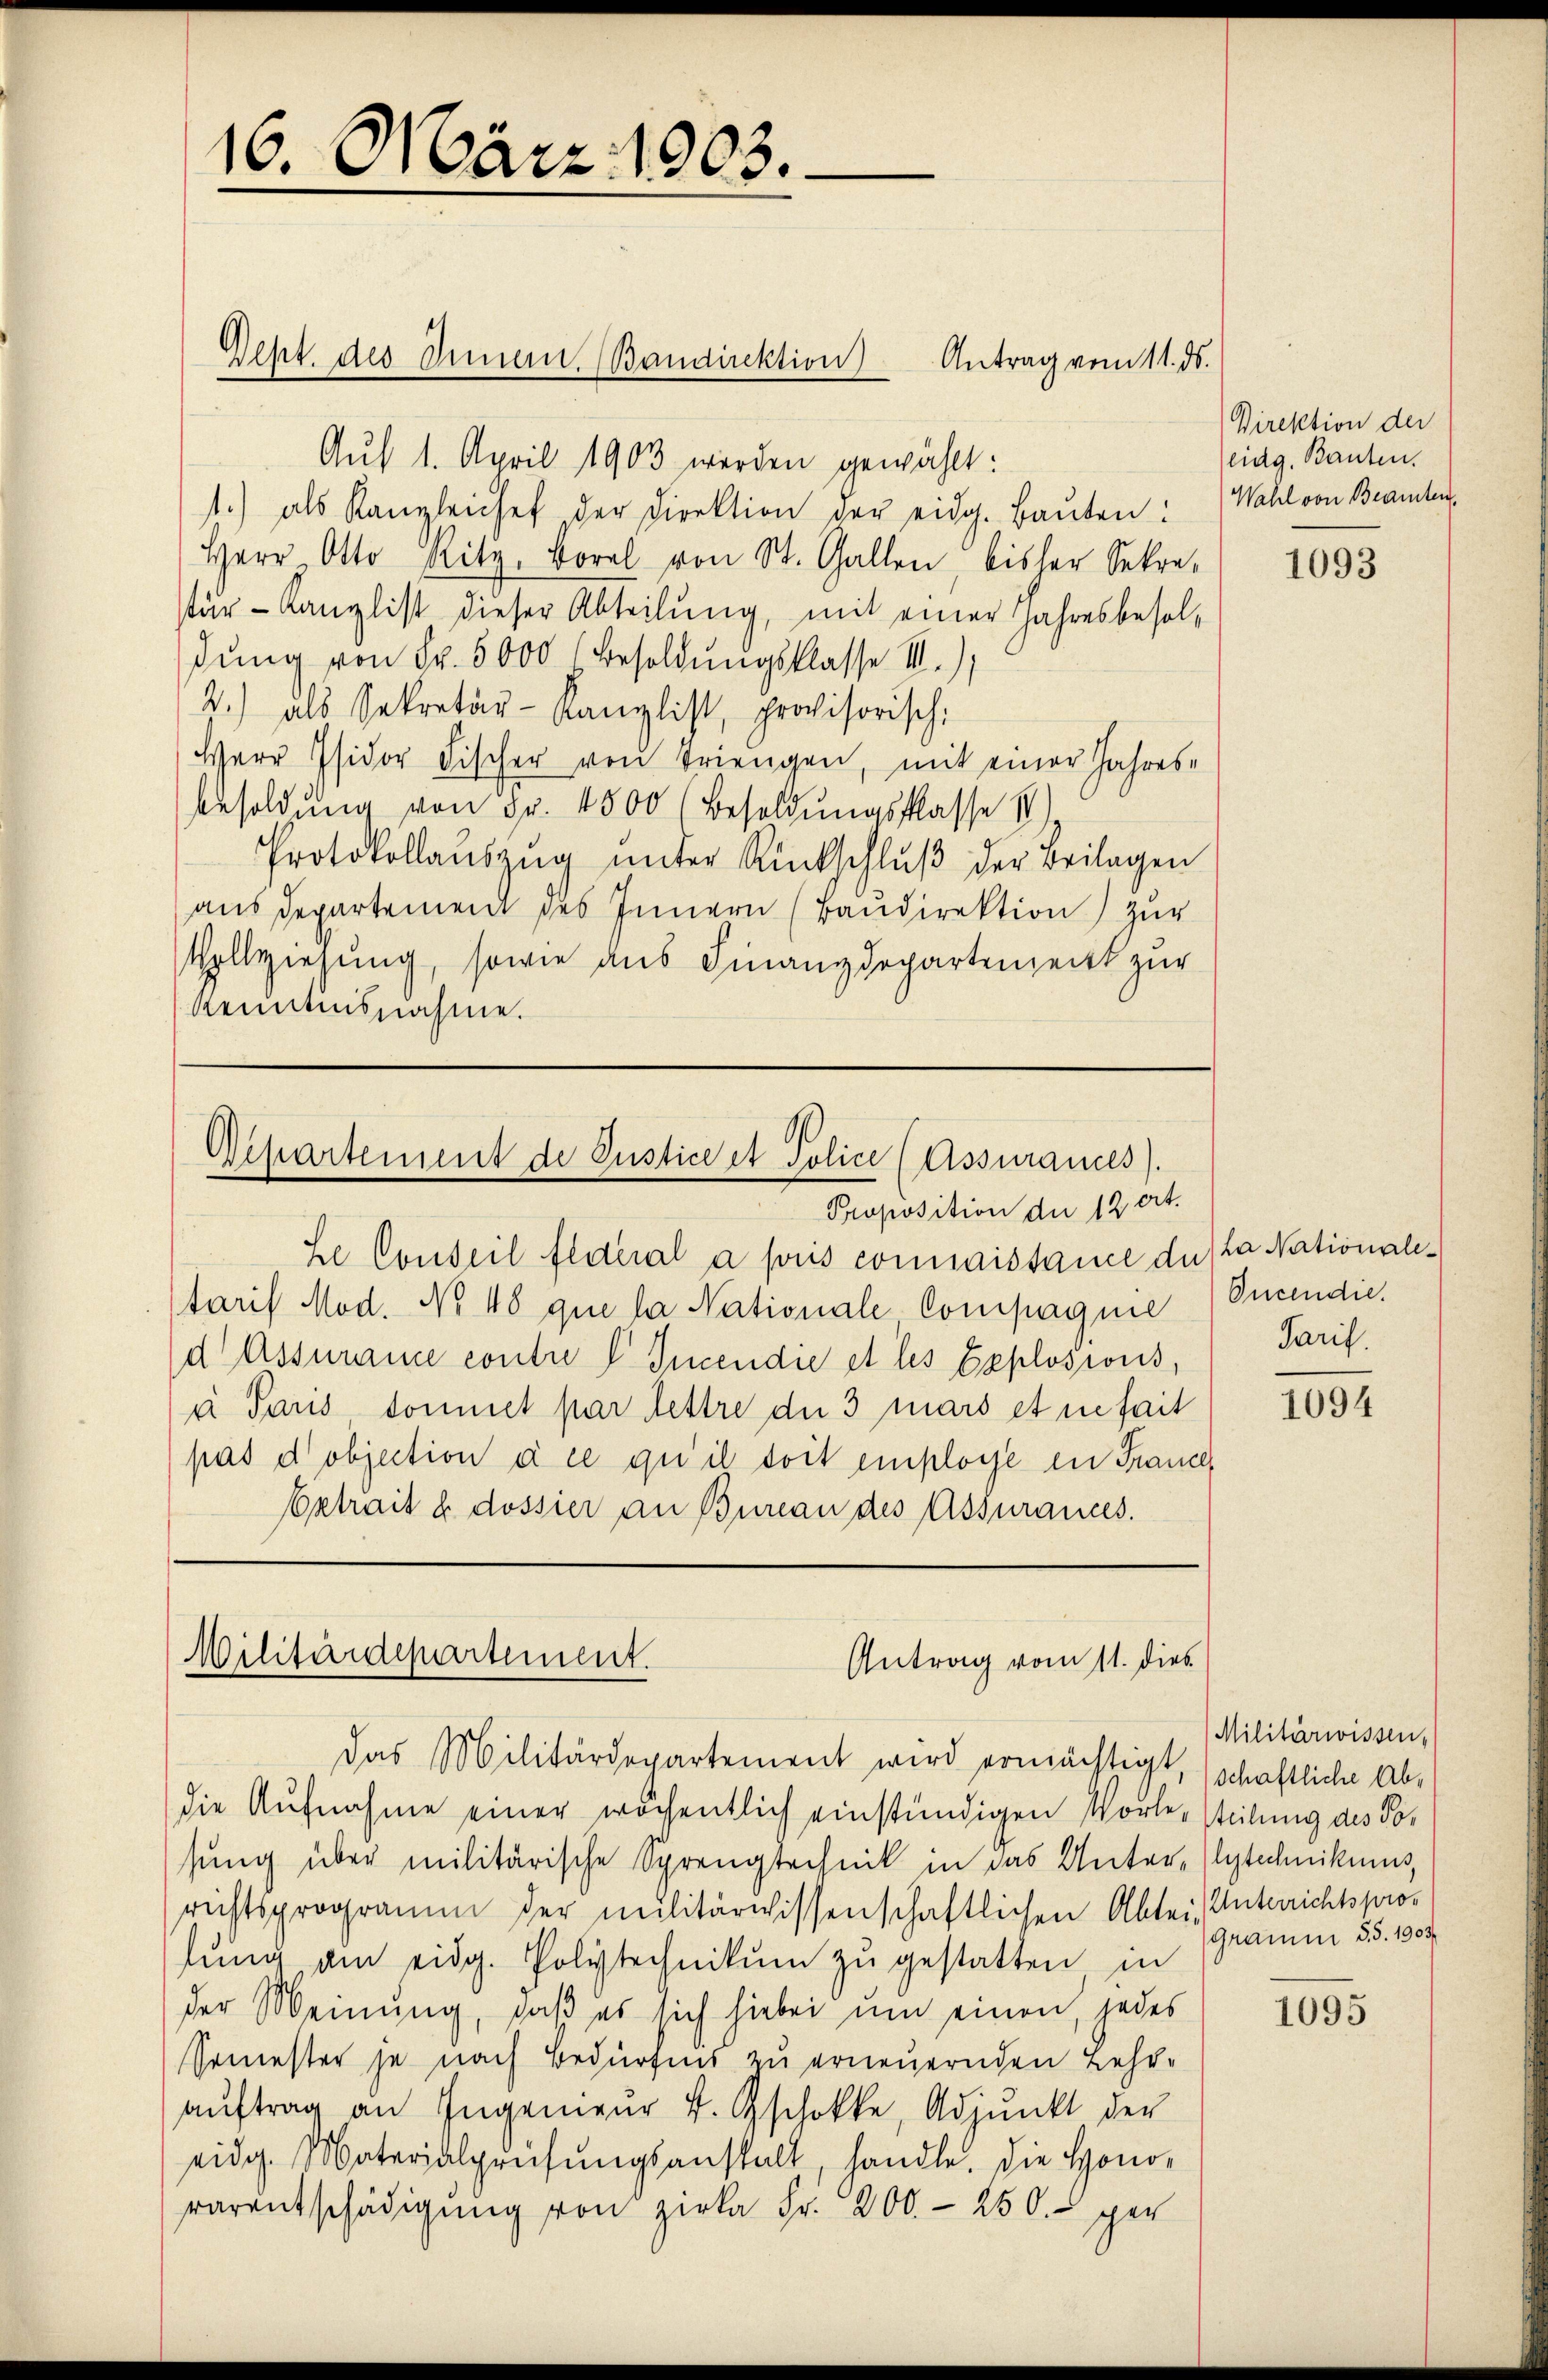
16. März 1903.

Auf 1. April 1903 werden gewählt:
1.) als Kanzleichef der Direktion der eidg. Baŭten: Wahl von Beamten
Herr Otto Ritz, Borel von St. Gallen bisher Sekre-
tur- Kanzlist dieser Abteilung, mit einer Jahresbesoldung von Fr. 5000 Besoldungsklasse III.)
2.) als Sekretär-Kanzlist, provisorisch:
Herr Isidor Fischer von Triengen, mit einer Jahres-
besoldŭng von Fr. 4500 (Besoldŭngsklasse IV
Protokollaŭszŭg ŭnter Rückschlŭβ der Beilagen
aus Departement des Innern (Baudirektion) zur
Vollziehung, sowie aus Finanzdepartenzeitt zur
Kenntnisnahme.

Geht des Innern. Bandirektion Antrag vom 11. ds.

Departement de Justice et Police (Assurances).
Proposition der 12 crt.

he Conseil fédéral a pris connaissance du da Nationaletaris Mod. No 48 que la Nationale Compagnie
d Assurame contre I. Incen die et les Explosions,
à Pans donnel par lettre der 3 mars et nehait
pas d objection à ce qui il doit einploge in France
Extrait u. dossier an Bureau des Assurances.

Militärdepartement.
Antrag vom 11. dies

Das Militärdepartement wird ermächtigt, schaftliche Abdie Aufnahme einer wöchentlich einständigen Wortesteilung des Tosung über militärische Sprengtechnik in das Unter-Elytechnikums,
rechtsprogramm der militärwissenschaftlichen Abtei, Unterrichtsprolung am eidg. Polytechnikum zu gestatten in
der Meinung, daß es sich hiebei um einen, jedes
Semester je nach Bedürfnis zu erneuernden Lehraŭftrag an Ingenieŭr v. Gschokke, Adjunkt der
eidg. Materialprüfungsanstalt, handle. Die Honovarentschädigŭng von Zirka Fr. 200.- 250.- gen

Direktion der
eidg. Bauten.

1093

Oncendie.
Tarif.

1094

Militärwissen,
Gramm §§. 1903

1095